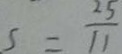
S = \frac { 2 5 } { 1 1 }